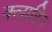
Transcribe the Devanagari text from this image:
क्लारिन